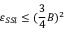
\varepsilon _ { S S l } \leq ( \frac 3 4 B ) ^ { 2 }